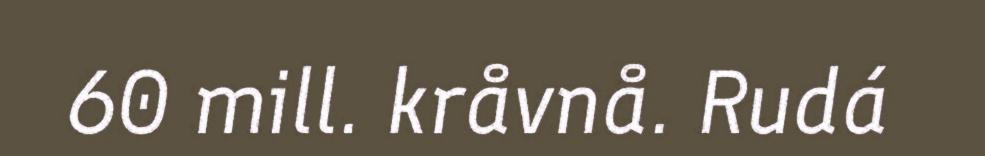
60 mill. kråvnå. Rudá